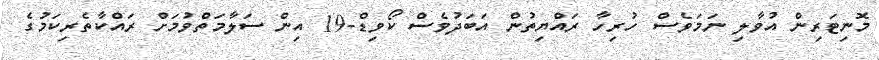
މޮނިޓަރިން އުވާލި ނަމަވެސް ހުރިހާ ރައްޔިތުން އަބަދުވެސް ކޯވިޑް-19 އިން ސަލާމަތްވުމަށް ރައްކާތެރިކަމުގެ